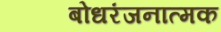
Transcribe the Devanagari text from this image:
बोधरंजनात्मक